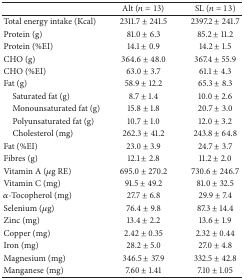
<table><thead><tr><td><b> </b></td><td><b>Alt (<i>n</i> = 13)</b></td><td><b>SL (<i>n</i> = 13)</b></td></tr></thead><tbody><tr><td>Total energy intake (Kcal)</td><td>2311.7 ± 241.5</td><td>2397.2 ± 241.7</td></tr><tr><td>Protein (g)</td><td>81.0 ± 6.3</td><td>85.2 ± 11.2</td></tr><tr><td>Protein (%EI)</td><td>14.1 ± 0.9</td><td>14.2 ± 1.5</td></tr><tr><td>CHO (g)</td><td>364.6 ± 48.0</td><td>367.4 ± 55.9</td></tr><tr><td>CHO (%EI)</td><td>63.0 ± 3.7</td><td>61.1 ± 4.3</td></tr><tr><td>Fat (g)</td><td>58.9 ± 12.2</td><td>65.3 ± 8.3</td></tr><tr><td> Saturated fat (g)</td><td>8.7 ± 1.4</td><td>10.0 ± 2.6</td></tr><tr><td> Monounsaturated fat (g)</td><td>15.8 ± 1.8</td><td>20.7 ± 3.0</td></tr><tr><td> Polyunsaturated fat (g)</td><td>10.7 ± 1.0</td><td>12.0 ± 3.2</td></tr><tr><td> Cholesterol (mg)</td><td>262.3 ± 41.2</td><td>243.8 ± 64.8</td></tr><tr><td>Fat (%EI)</td><td>23.0 ± 3.9</td><td>24.7 ± 3.7</td></tr><tr><td>Fibres (g)</td><td>12.1 ± 2.8</td><td>11.2 ± 2.0</td></tr><tr><td>Vitamin A (<i>μ</i>g RE)</td><td>695.0 ± 270.2</td><td>730.6 ± 246.7</td></tr><tr><td>Vitamin C (mg)</td><td>91.5 ± 49.2</td><td>81.0 ± 32.5</td></tr><tr><td><i>α</i>-Tocopherol (mg)</td><td>27.7 ± 6.8</td><td>29.9 ± 7.4</td></tr><tr><td>Selenium (<i>μ</i>g)</td><td>76.4 ± 9.8</td><td>87.3 ± 14.4</td></tr><tr><td>Zinc (mg)</td><td>13.4 ± 2.2</td><td>13.6 ± 1.9</td></tr><tr><td>Copper (mg)</td><td>2.42 ± 0.35</td><td>2.32 ± 0.44</td></tr><tr><td>Iron (mg)</td><td>28.2 ± 5.0</td><td>27.0 ± 4.8</td></tr><tr><td>Magnesium (mg)</td><td>346.5 ± 37.9</td><td>332.5 ± 42.8</td></tr><tr><td>Manganese (mg)</td><td>7.60 ± 1.41</td><td>7.10 ± 1.05</td></tr></tbody></table>